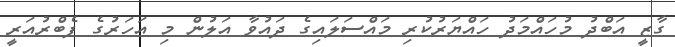
ގާޒީ އަބްދު މުހައްމަދު ހައްޔަރުކުރި މައްސަލައިގެ ދައުވާ އަލުން މި އަހަރުގެ ފެބްރުއަރީ